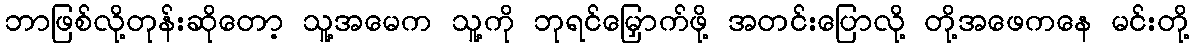
ဘာဖြစ်လို့တုန်းဆိုတော့ သူ့အမေက သူ့ကို ဘုရင်မြှောက်ဖို့ အတင်းပြောလို့ တို့အဖေကနေ မင်းတို့